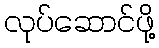
လုပ်ဆောင်ဖို့